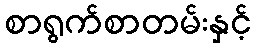
စာရွက်စာတမ်းနှင့်